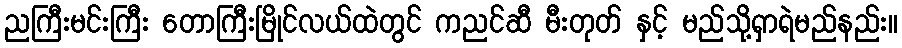
ညကြီးမင်းကြီး တောကြီးမြိုင်လယ်ထဲတွင် ကညင်ဆီ မီးတုတ် နှင့် မည်သို့ရှာရဲမည်နည်း။